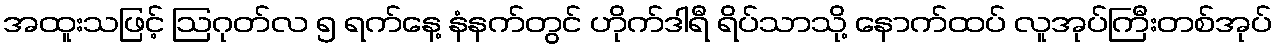
အထူးသဖြင့် ဩဂုတ်လ ၅ ရက်နေ့ နံနက်တွင် ဟိုက်ဒါရီ ရိပ်သာသို့ နောက်ထပ် လူအုပ်ကြီးတစ်အုပ်